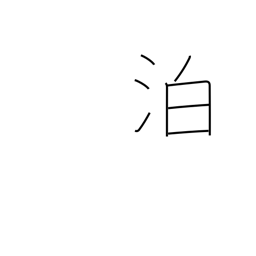
Meaning: ride at anchor